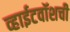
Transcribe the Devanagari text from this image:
व्हाईटवॉशची